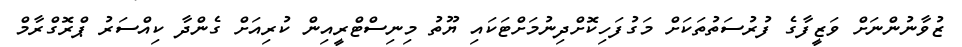
ޒުވާނުންނަށް ވަޒީފާގެ ފުރުސަތުތަކަށް މަގުފަހިކޮށްދިނުމަށްޓަކައި ޔޫތު މިނިސްޓްރީއިން ކުރިއަށް ގެންދާ ކިއްސަރު ޕްރޮގްރާމް